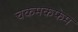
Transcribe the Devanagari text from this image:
चकमकफेम